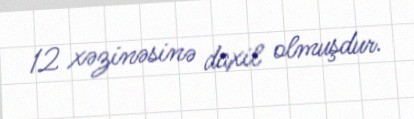
12 xəzinəsinə daxil olmuşdur.